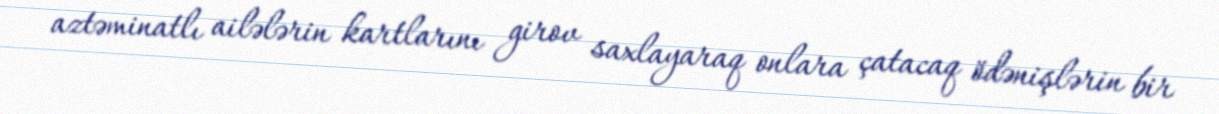
aztəminatlı ailələrin kartlarını girov saxlayaraq onlara çatacaq ödənişlərin bir